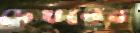
দেখনের